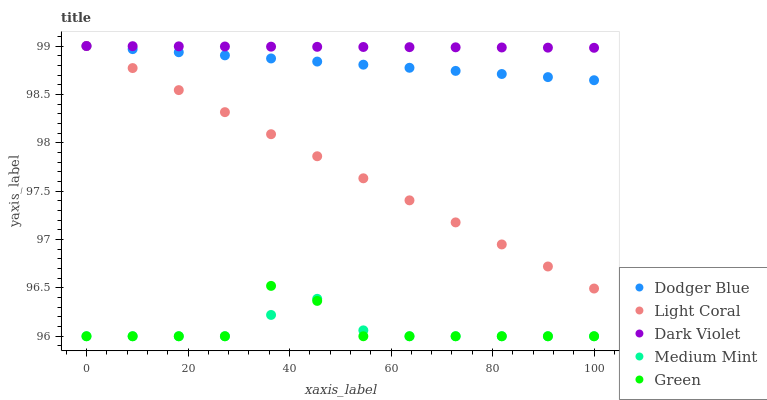
| xaxis_label | Dodger Blue | Light Coral | Dark Violet | Medium Mint | Green |
 | --- | --- | --- | --- | --- | --- |
 | 0 | 99 | 99 | 99 | 96 | 96 |
 | 9.09 | 99 | 98.8 | 99 | 96 | 96 |
 | 18.2 | 98.9 | 98.5 | 99 | 96 | 96 |
 | 27.3 | 98.9 | 98.3 | 99 | 96 | 96 |
 | 36.4 | 98.9 | 98.1 | 99 | 96.2 | 96.5 |
 | 45.5 | 98.8 | 97.9 | 99 | 96.4 | 96.4 |
 | 54.5 | 98.8 | 97.6 | 99 | 96.1 | 96 |
 | 63.6 | 98.8 | 97.4 | 99 | 96 | 96 |
 | 72.7 | 98.7 | 97.2 | 99 | 96 | 96 |
 | 81.8 | 98.7 | 96.9 | 99 | 96 | 96 |
 | 90.9 | 98.7 | 96.7 | 99 | 96 | 96 |
 | 100 | 98.6 | 96.5 | 99 | 96 | 96 |